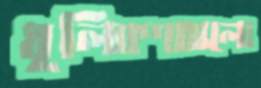
ধূলিকণাগুলো